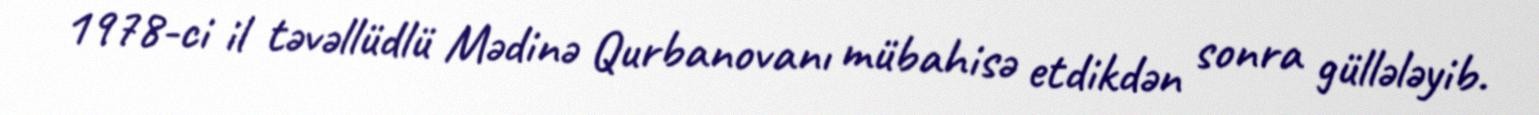
1978-ci il təvəllüdlü Mədinə Qurbanovanı mübahisə etdikdən sonra güllələyib.